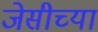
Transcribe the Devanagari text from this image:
जेसीच्या